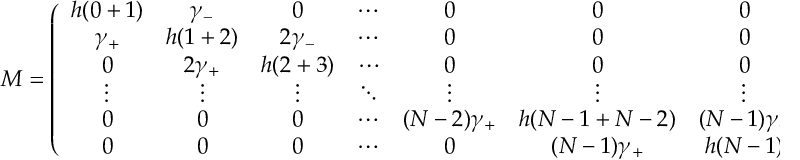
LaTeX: M = \left( \begin{array} { c c c c c c c } { { h ( 0 + 1 ) } } & { { \gamma _ { - } } } & { { 0 } } & { { \cdots } } & { { 0 } } & { { 0 } } & { { 0 } } \\ { { \gamma _ { + } } } & { { h ( 1 + 2 ) } } & { { 2 \gamma _ { - } } } & { { \cdots } } & { { 0 } } & { { 0 } } & { { 0 } } \\ { { 0 } } & { { 2 \gamma _ { + } } } & { { h ( 2 + 3 ) } } & { { \cdots } } & { { 0 } } & { { 0 } } & { { 0 } } \\ { { \vdots } } & { { \vdots } } & { { \vdots } } & { { \ddots } } & { { \vdots } } & { { \vdots } } & { { \vdots } } \\ { { 0 } } & { { 0 } } & { { 0 } } & { { \cdots } } & { { ( N - 2 ) \gamma _ { + } } } & { { h ( N - 1 + N - 2 ) } } & { { ( N - 1 ) \gamma _ { - } } } \\ { { 0 } } & { { 0 } } & { { 0 } } & { { \cdots } } & { { 0 } } & { { ( N - 1 ) \gamma _ { + } } } & { { h ( N - 1 ) } } \end{array} \right) \nonumber